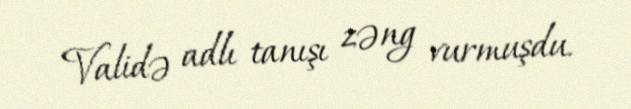
Validə adlı tanışı zəng vurmuşdu.